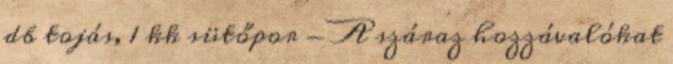
db tojás, 1 kk sütőpor - A száraz hozzávalókat